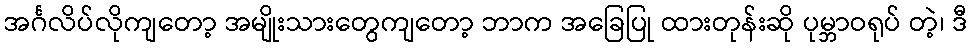
အင်္ဂလိပ်လိုကျတော့ အမျိုးသားတွေကျတော့ ဘာက အခြေပြု ထားတုန်းဆို ပုမ္ဘာဝရုပ် တဲ့၊ ဒီ